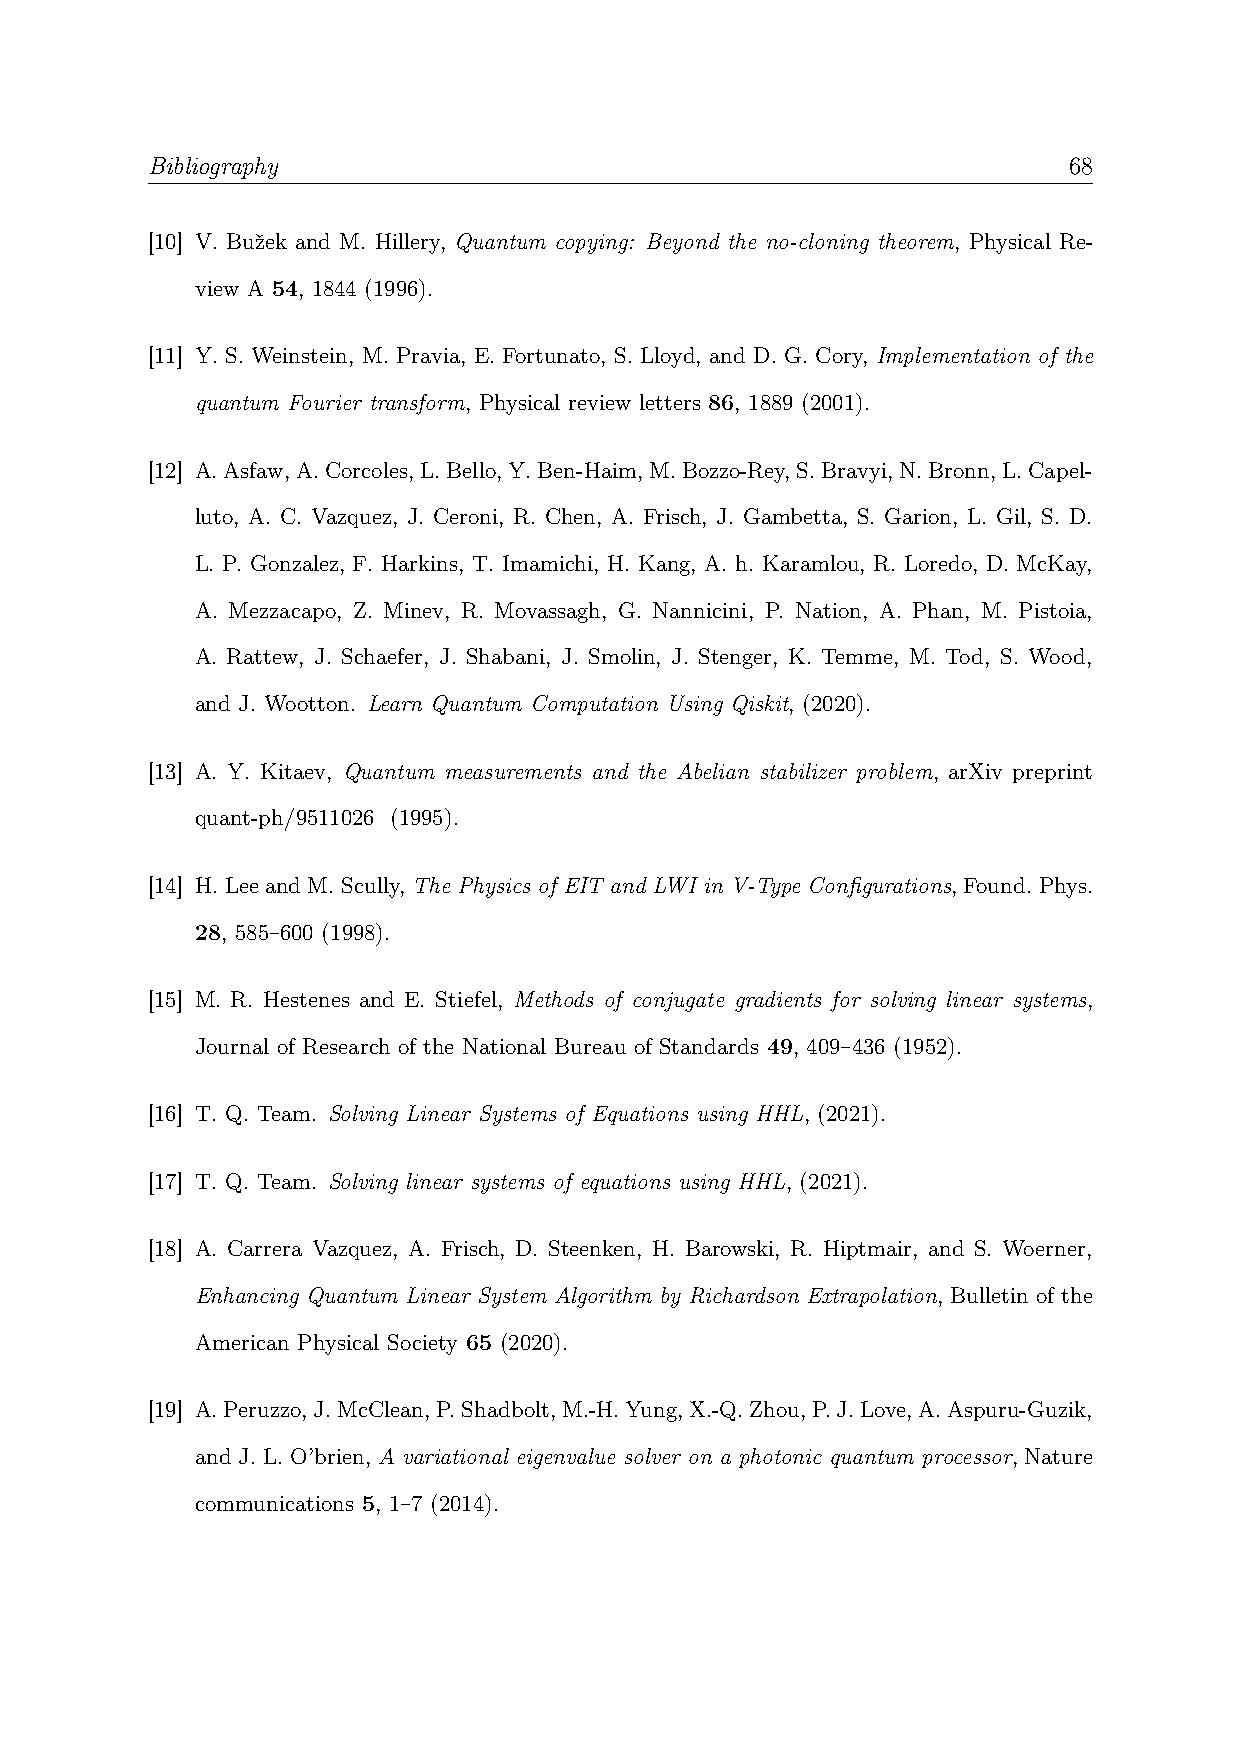
Bibliography                                                 68
 [10] V. Bužek and M. Hillery, Quantum copying: Beyond the no-cloning theorem, Physical Re-
 view A 54, 1844 (1996).
 [11] Y. S. Weinstein, M. Pravia, E. Fortunato, S. Lloyd, and D. G. Cory, Implementation of the
 quantum Fourier transform, Physical review letters 86, 1889 (2001).
 [12] A.Asfaw,A.Corcoles,L.Bello,Y.Ben-Haim,M.Bozzo-Rey,S.Bravyi,N.Bronn,L.Capel-
 luto, A. C. Vazquez, J. Ceroni, R. Chen, A. Frisch, J. Gambetta, S. Garion, L. Gil, S. D.
 L. P. Gonzalez, F. Harkins, T. Imamichi, H. Kang, A. h. Karamlou, R. Loredo, D. McKay,
 A. Mezzacapo, Z. Minev, R. Movassagh, G. Nannicini, P. Nation, A. Phan, M. Pistoia,
 A. Rattew, J. Schaefer, J. Shabani, J. Smolin, J. Stenger, K. Temme, M. Tod, S. Wood,
 and J. Wootton. Learn Quantum Computation Using Qiskit, (2020).
 [13] A. Y. Kitaev, Quantum measurements and the Abelian stabilizer problem, arXiv preprint
 quant-ph/9511026 (1995).
 [14] H. Lee and M. Scully, The Physics of EIT and LWI in V-Type Configurations, Found. Phys.
 28, 585–600 (1998).
 [15] M. R. Hestenes and E. Stiefel, Methods of conjugate gradients for solving linear systems,
 Journal of Research of the National Bureau of Standards 49, 409–436 (1952).
 [16] T. Q. Team. Solving Linear Systems of Equations using HHL, (2021).
 [17] T. Q. Team. Solving linear systems of equations using HHL, (2021).
 [18] A. Carrera Vazquez, A. Frisch, D. Steenken, H. Barowski, R. Hiptmair, and S. Woerner,
 Enhancing Quantum Linear System Algorithm by Richardson Extrapolation, Bulletin of the
 American Physical Society 65 (2020).
 [19] A.Peruzzo,J.McClean,P.Shadbolt,M.-H.Yung,X.-Q.Zhou,P.J.Love,A.Aspuru-Guzik,
 and J. L. O’brien, A variational eigenvalue solver on a photonic quantum processor, Nature
 communications 5, 1–7 (2014).